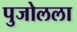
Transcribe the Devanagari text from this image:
पुजोलला